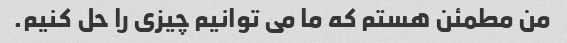
من مطمئن هستم که ما می توانیم چیزی را حل کنیم.